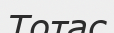
Тотас